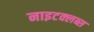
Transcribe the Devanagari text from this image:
नाइटक्लब्स